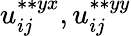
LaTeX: u_{ij}^{\ast\ast{yx}},u_{ij}^{\ast\ast{yy}}